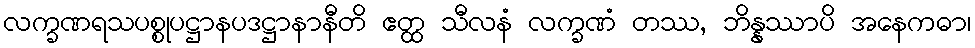
လက္ခဏရသပစ္စုပဋ္ဌာနပဒဋ္ဌာနာနီတိ ဧတ္ထ သီလနံ လက္ခဏံ တဿ, ဘိန္နဿာပိ အနေကဓာ၊